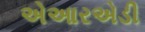
એઆરએડી